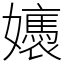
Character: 㜵